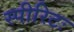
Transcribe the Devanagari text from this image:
स्पीरिटः